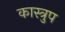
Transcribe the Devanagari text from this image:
कास्त्रुप